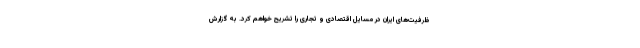
ظرفیت‌های ایران در مسایل اقتصادی و تجاری را تشریح خواهم کرد. به گزارش